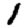
Digit: 1